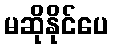
မဆိုနိုင်ပေ